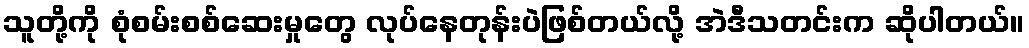
သူတို့ကို စုံစမ်းစစ်ဆေးမှုတွေ လုပ်နေတုန်းပဲဖြစ်တယ်လို့ အဲဒီသတင်းက ဆိုပါတယ်။